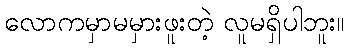
လောကမှာမမှားဖူးတဲ့ လူမရှိပါဘူး။